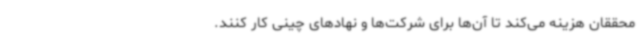
محققان هزینه می‌کند تا آن‌ها برای شرکت‌ها و نهادهای چینی کار کنند.